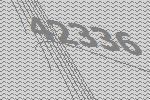
42336